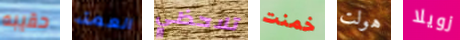
حقيبه العمة تلاحظي خمنت هولت زويلا